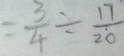
= \frac { 3 } { 4 } \div \frac { 1 7 } { 2 0 }